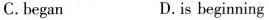
C.began D.is beginning